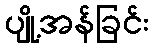
ပျို့အန်ခြင်း